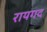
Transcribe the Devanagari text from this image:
रायगद